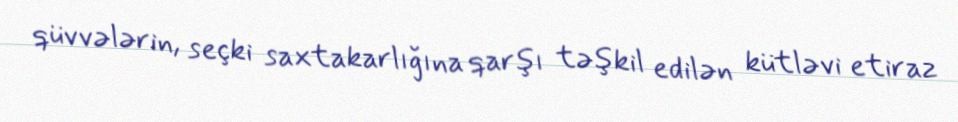
qüvvələrin, seçki saxtakarlığına qarşı təşkil edilən kütləvi etiraz